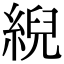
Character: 䋩